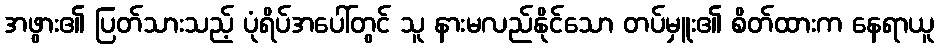
အဖွား၏ ပြတ်သားသည့် ပုံရိပ်အပေါ်တွင် သူ နားမလည်နိုင်သော တပ်မှူး၏ စိတ်ထားက နေရာယူ